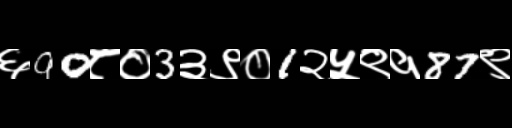
Text: ६90८०3३९०1२५९१87९